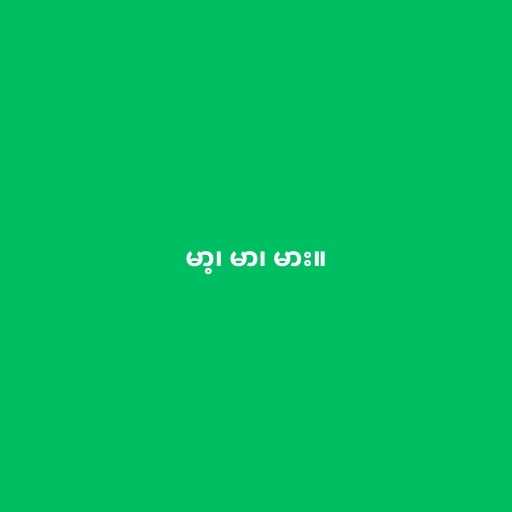
မာ့၊ မာ၊ မား။